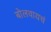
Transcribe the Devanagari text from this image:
बोलवायचं